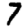
Digit: 7